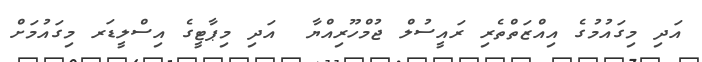
އަދި މިގައުމުގެ އިއްޒަތްތެރި ރައީސުލް ޖުމްހޫރިއްޔާ  އަދި މިޕާޓީގެ އިސްލީޑަރ މިގައުމަށް